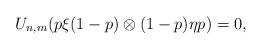
LaTeX: \begin{align*}U_{n,m}(p\xi (1-p) \otimes (1-p) \eta p) = 0,\end{align*}